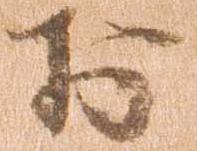
於